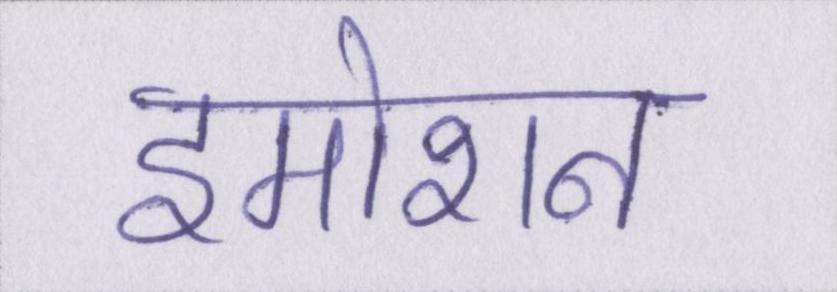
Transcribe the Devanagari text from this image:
इमोशन